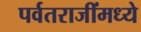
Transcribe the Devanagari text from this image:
पर्वतराजींमध्ये